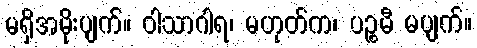
မရှိအမိုးပျက်။ ဝါသာဂါရ၊ မဟုတ်က၊ ပဉ္စမီ မပျက်။